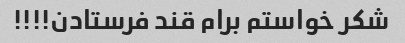
شکر خواستم برام قند فرستادن!!!!